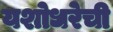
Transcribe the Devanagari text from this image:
यशोधरेची